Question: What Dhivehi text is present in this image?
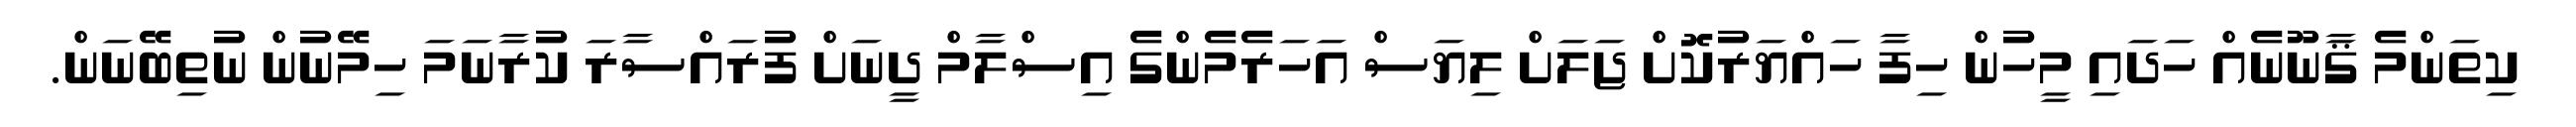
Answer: ކިތަންމެ ޤާނޫނެއް ހަދައި މީހުން ހިފާ ހައްޔަރުކޮށް ޖަލަށް ލިޔަސް އަހަރެމެންގެ އިސްލާމް ދީނަށް ފުރައްސާރަ ކުރާނަމަ ހިމޭނުން ނުތިބޭނަން.